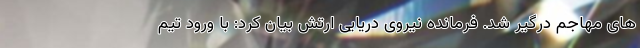
های مهاجم درگیر شد. فرمانده نیروی دریایی ارتش بیان کرد: با ورود تیم